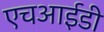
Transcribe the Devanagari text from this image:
एचआईडी